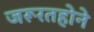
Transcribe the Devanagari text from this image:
जरूरतहोने